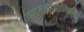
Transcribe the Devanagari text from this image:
दशतवादाविरुद्ध